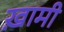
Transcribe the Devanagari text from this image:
ख़ामी